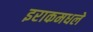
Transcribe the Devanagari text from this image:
इराकमधले